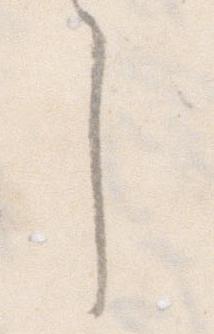
し